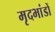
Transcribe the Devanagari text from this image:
मृदभांडों